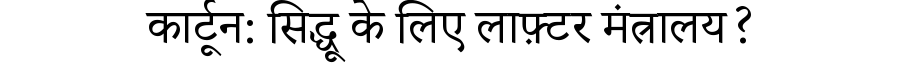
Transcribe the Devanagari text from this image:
कार्टून: सिद्धू के लिए लाफ़्टर मंत्रालय?